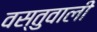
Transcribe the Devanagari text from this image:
वस्तुवाली